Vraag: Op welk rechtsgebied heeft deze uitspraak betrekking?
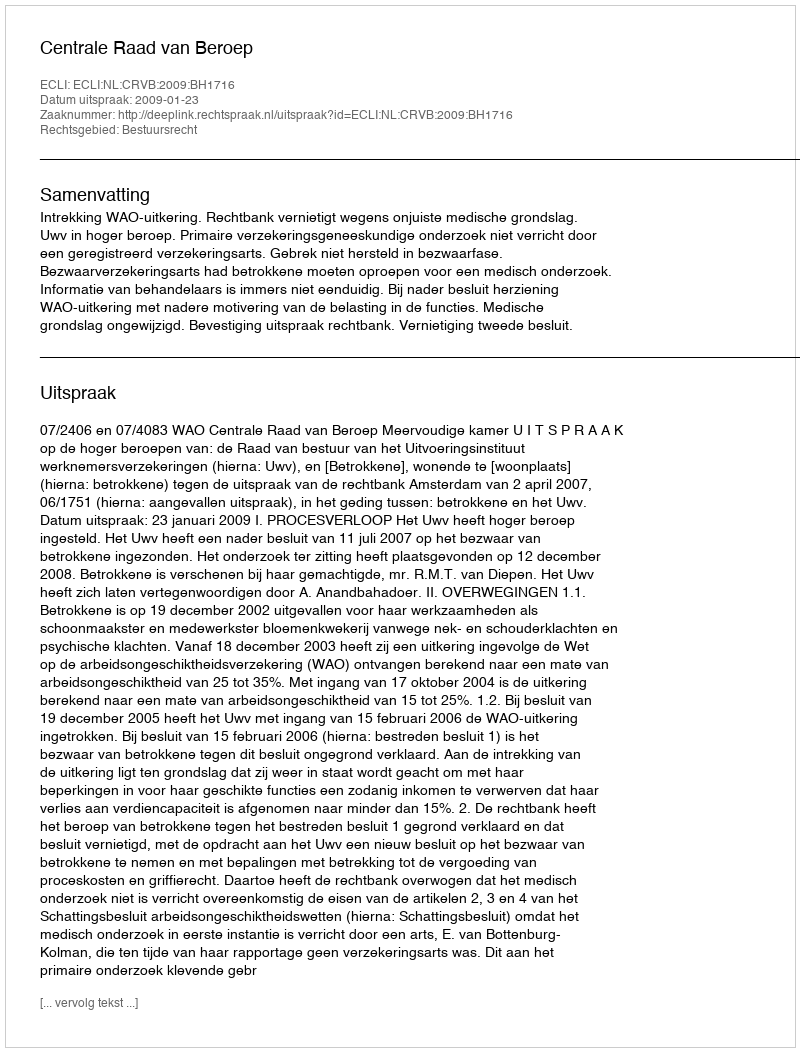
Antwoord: Bestuursrecht